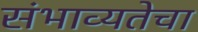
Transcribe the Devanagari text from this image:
संभाव्यतेचा